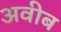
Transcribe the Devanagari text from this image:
अवीब